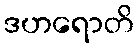
ဒဟရောတိ